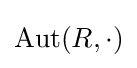
\operatorname {Aut} (R,\cdot )